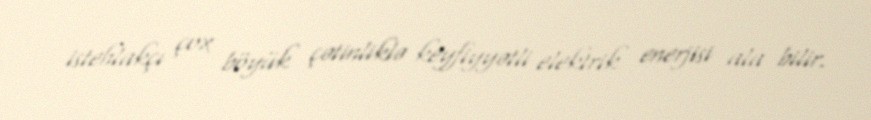
istehlakçı çox böyük çətinliklə keyfiyyətli elektrik enerjisi ala bilir.